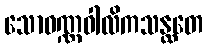
သောဝဏ္ဏဝါလိကသန္ထတေ